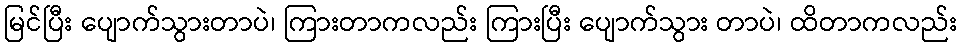
မြင်ပြီး ပျောက်သွားတာပဲ၊ ကြားတာကလည်း ကြားပြီး ပျောက်သွား တာပဲ၊ ထိတာကလည်း